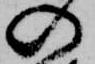
の